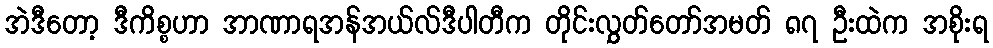
အဲဒီတော့ ဒီကိစ္စဟာ အာဏာရအန်အယ်လ်ဒီပါတီက တိုင်းလွှတ်တော်အမတ် ၈၇ ဦးထဲက အစိုးရ